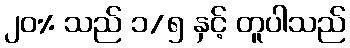
၂၀% သည် ၁/၅ နှင့် တူပါသည်